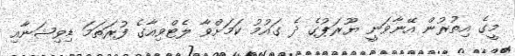
މީގެ އިތުރުން އޭނާވަނީ ޔޫރަޕުގެ ދެ ގައުމު ކަމަށްވާ ލެޓްވިއާގެ ފުރަތަމަ ޑިވިޝަނާއި